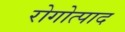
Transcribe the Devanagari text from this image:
रोगोत्पाद